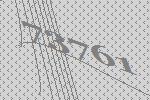
73761